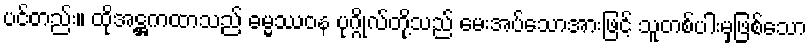
ပင်တည်း။ ထိုအဋ္ဌကထာသည် ဓမ္မဿဝန ပုဂ္ဂိုလ်တို့သည် မေးအပ်သောအားဖြင့် သူတစ်ပါးမှဖြစ်သော